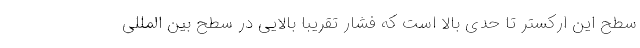
سطح این ارکستر تا حدی بالا است که فشار تقریبا بالایی در سطح بین المللی